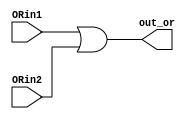
`timescale 1ns / 1ps
//////////////////////////////////////////////////////////////////////////////////
// Company: 
// 
// Design Name:     Simple Bitwise OR Gate
// Module Name:     ORX 
// Project Name:    MIPS 16 bit Processor
// Target Devices: 
// Tool versions: 
// Description: 
//                  Simple Bitwise OR Gate
//
// Dependencies:    N/A
//
// Revision: 
// Revision 0.01 - File Created
// Additional Comments: 
//
//////////////////////////////////////////////////////////////////////////////////
module ORX(out_or, ORin1, ORin2);

    output  [31:0]  out_or;
    input   [31:0]  ORin1, ORin2;

    assign	out_or = ORin1 | ORin2;

endmodule